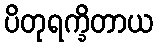
ပိတုရက္ခိတာယ